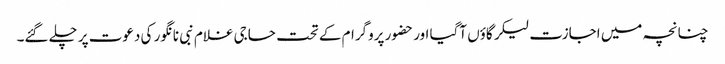
چنانچہ میں اجازت لیکر گاؤں آگیا اور حضور پروگرام کے تحت حاجی غلام نبی نانگور کی دعوت پر چلے گئے۔